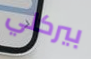
بيركلي